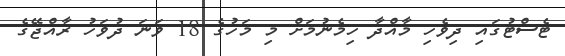
ޓެސްޓުގައި ދިވެހި މާއްދާ ހިމެނުމަށް މި މަހުގެ 18 ވަނަ ދުވަހު ރާއްޖޭގެ